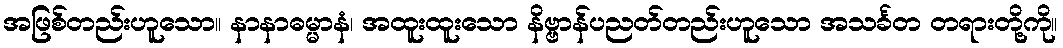
အဖြစ်တည်းဟူသော။ နာနာဓမ္မာနံ၊ အထူးထူးသော နိဗ္ဗာန်ပညတ်တည်းဟူသော အသင်္ခတ တရားတို့ကို။